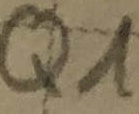
Text: Q1